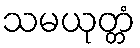
သမယုတ္တံ